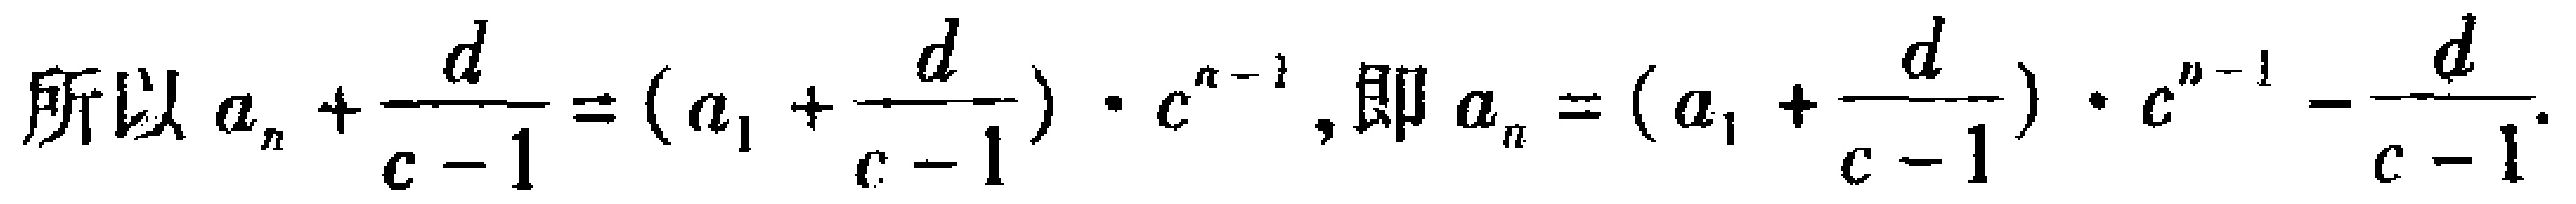
所以 \(a_{n}+\frac{d}{c - 1}=(a_{1}+\frac{d}{c - 1})\cdot c^{n - 1}\)，即 \(a_{n}=(a_{1}+\frac{d}{c - 1})\cdot c^{n - 1}-\frac{d}{c - 1}\)。